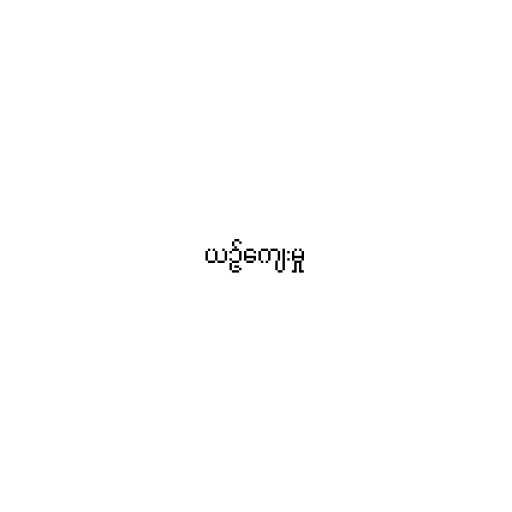
ယဉ်ကျေးမှု